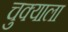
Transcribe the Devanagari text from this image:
चुक्याला